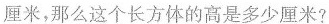
那么这个长方体的高是多少厘米?厘米